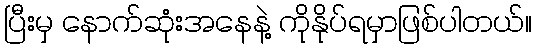
ပြီးမှ နောက်ဆုံးအနေနဲ့ ကိုနိုပ်ရမှာဖြစ်ပါတယ်။